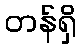
တန်ရှိ